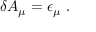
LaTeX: \delta A _ { \mu } = \epsilon _ { \mu } \ .